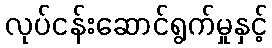
လုပ်ငန်းဆောင်ရွက်မှုနှင့်